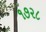
૧૭૨૮